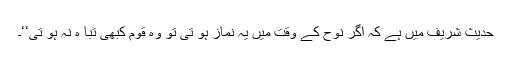
حدیث شریف میں ہے کہ اگر نوحؑ کے وقت میں یہ نماز ہو تی تو وہ قوم کبھی تبا ہ نہ ہو تی‘‘۔